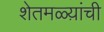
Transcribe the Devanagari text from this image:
शेतमळ्य़ांची